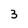
Character: 3